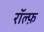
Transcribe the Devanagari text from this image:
रॉल्फ़